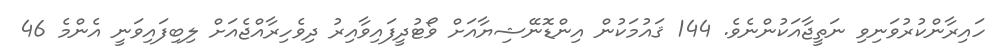
ހައިރާންކުރުވަނިވި ނަތީޖާއަކުންނެވެ. 144 ޤައުމަކުން އިންޑޮނޭޝިޔާއަށް ވޯޓުދީފައިވާއިރު ދިވެހިރާއްޖެއަށް ލިބިފައިވަނީ އެންމެ 46